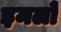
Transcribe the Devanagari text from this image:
इमलों